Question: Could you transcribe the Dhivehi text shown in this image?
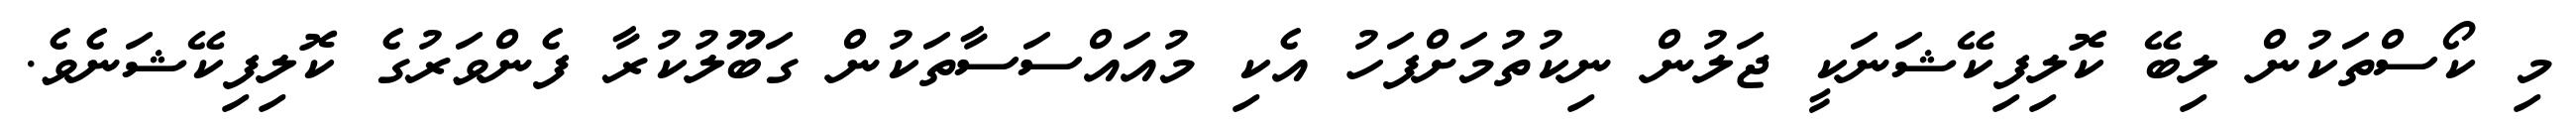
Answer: މި ކޯސްތަކުން ލިބޭ ކޮލިފިކޭޝަނަކީ ޖަލުން ނިކުތުމަށްފަހު އެކި މުއައްސަސާތަކުން ގަބޫލުކުރާ ފެންވަރުގެ ކޮލިފިކޭޝަނެވެ.